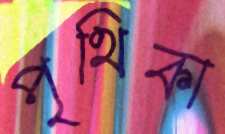
পৃথিকা